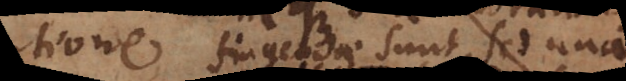
adorationes fingendae sunt, sed una